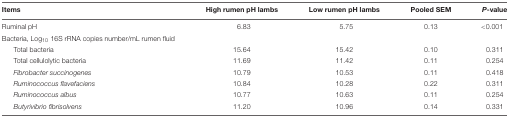
| Items | High rumen pH lambs | Low rumen pH lambs | Pooled SEM | P-value |
 | --- | --- | --- | --- | --- |
 | Ruminal pH | 6.83 | 5.75 | 0.13 | <0.001 |
 | Bacteria, Log10 16S rRNA copies number/mL rumen fluid |  |  |  |  |
 | Total bacteria | 15.64 | 15.42 | 0.10 | 0.311 |
 | Total cellulolytic bacteria | 11.69 | 11.42 | 0.11 | 0.254 |
 | Fibrobacter succinogenes | 10.79 | 10.53 | 0.11 | 0.418 |
 | Ruminococcus flavefaciens | 10.84 | 10.28 | 0.22 | 0.311 |
 | Ruminococcus albus | 10.77 | 10.63 | 0.11 | 0.254 |
 | Butyrivibrio fibrisolvens | 11.20 | 10.96 | 0.14 | 0.331 |